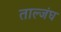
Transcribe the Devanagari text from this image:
ताल्जंघ